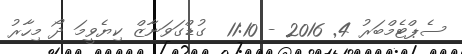
ސެޕްޓެމްބަރު 4